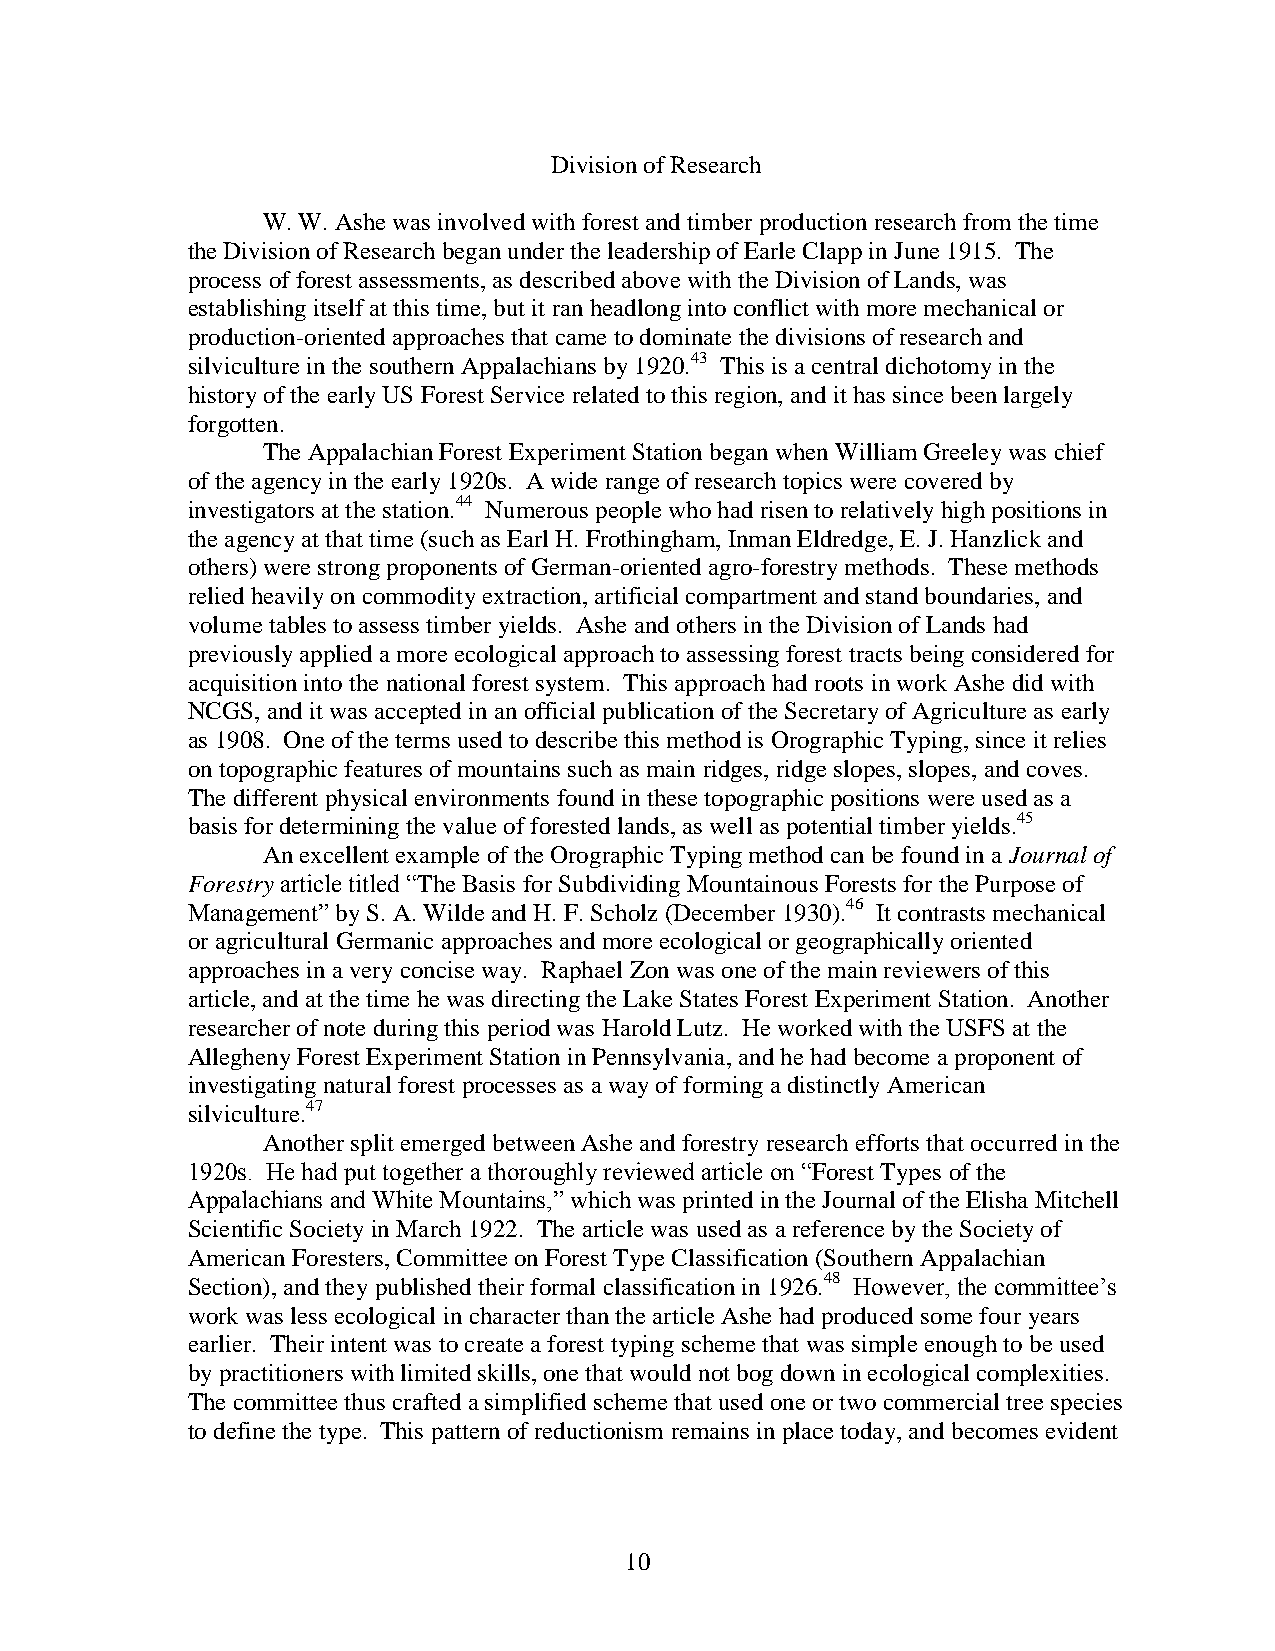
Division of Research
 W. W. Ashe was involved with forest and timber production research from the time
 the Division of Research began under the leadership of Earle Clapp in June 1915. The
 process of forest assessments, as described above with the Division of Lands, was
 establishing itself at this time, but it ran headlong into conflict with more mechanical or
 production-oriented approaches that came to dominate the divisions of research and
 silviculture in the southern Appalachians by 1920.43 This is a central dichotomy in the
 history of the early US Forest Service related to this region, and it has since been largely
 forgotten.
 The Appalachian Forest Experiment Station began when William Greeley was chief
 of the agency in the early 1920s. A wide range of research topics were covered by
 investigators at the station.44 Numerous people who had risen to relatively high positions in
 the agency at that time (such as Earl H. Frothingham, Inman Eldredge, E. J. Hanzlick and
 others) were strong proponents of German-oriented agro-forestry methods. These methods
 relied heavily on commodity extraction, artificial compartment and stand boundaries, and
 volume tables to assess timber yields. Ashe and others in the Division of Lands had
 previously applied a more ecological approach to assessing forest tracts being considered for
 acquisition into the national forest system. This approach had roots in work Ashe did with
 NCGS, and it was accepted in an official publication of the Secretary of Agriculture as early
 as 1908. One of the terms used to describe this method is Orographic Typing, since it relies
 on topographic features of mountains such as main ridges, ridge slopes, slopes, and coves.
 The different physical environments found in these topographic positions were used as a
 basis for determining the value of forested lands, as well as potential timber yields.45
 An excellent example of the Orographic Typing method can be found in a Journal of
 Forestry article titled “The Basis for Subdividing Mountainous Forests for the Purpose of
 Management” by S. A. Wilde and H. F. Scholz (December 1930).46 It contrasts mechanical
 or agricultural Germanic approaches and more ecological or geographically oriented
 approaches in a very concise way. Raphael Zon was one of the main reviewers of this
 article, and at the time he was directing the Lake States Forest Experiment Station. Another
 researcher of note during this period was Harold Lutz. He worked with the USFS at the
 Allegheny Forest Experiment Station in Pennsylvania, and he had become a proponent of
 investigating natural forest processes as a way of forming a distinctly American
 silviculture.47
 Another split emerged between Ashe and forestry research efforts that occurred in the
 1920s. He had put together a thoroughly reviewed article on “Forest Types of the
 Appalachians and White Mountains,” which was printed in the Journal of the Elisha Mitchell
 Scientific Society in March 1922. The article was used as a reference by the Society of
 American Foresters, Committee on Forest Type Classification (Southern Appalachian
 Section), and they published their formal classification in 1926.48 However, the committee’s
 work was less ecological in character than the article Ashe had produced some four years
 earlier. Their intent was to create a forest typing scheme that was simple enough to be used
 by practitioners with limited skills, one that would not bog down in ecological complexities.
 The committee thus crafted a simplified scheme that used one or two commercial tree species
 to define the type. This pattern of reductionism remains in place today, and becomes evident
 10